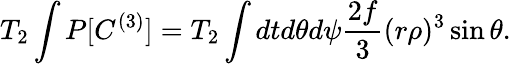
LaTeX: T_{2}\int P[C^{(3)}]=T_{2}\int dtd\theta d\psi\frac{2f}{3}(r\rho)^{3}\sin\theta.